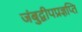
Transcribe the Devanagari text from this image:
जंबुद्वीपप्रज्ञप्ति